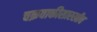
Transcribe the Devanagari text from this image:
चक्रवाकीसारखीच